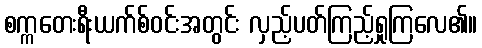
စက္ကတေးရီးယက်စ်ဝင်းအတွင်း လှည့်ပတ်ကြည့်ရှုကြလေ၏။